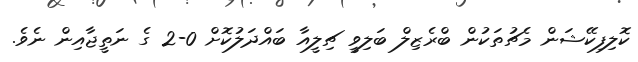
ކޮލިފިކޭޝަން މެޗުތަކުން ބްރެޒިލް ބަލިވީ ޗިލީއާ ބައްދަލުކޮށް 0-2 ގެ ނަތީޖާއިން ނެވެ.